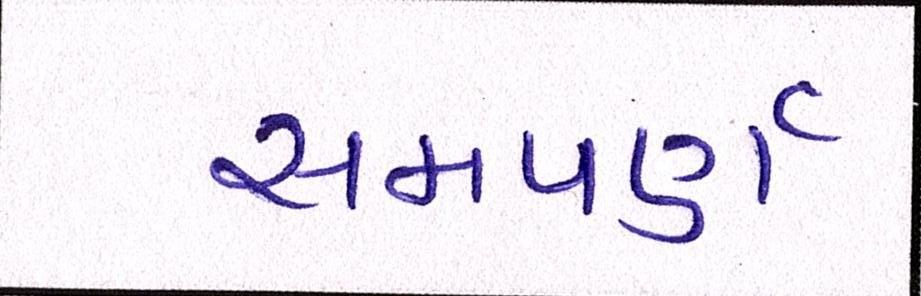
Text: સમપર્ણ